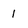
Character: 1